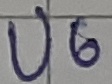
Text: U6